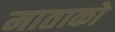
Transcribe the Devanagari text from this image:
माताको